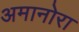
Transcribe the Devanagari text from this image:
अमानोरा